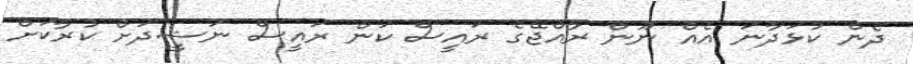
ދެން ކުޅަދާނަ އެއް ނޫން ރާއްޖޭގެ ރައީސް ކަން ރައީސް ނަޝީދަށް ކުރާކަށް